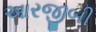
આરજીબી